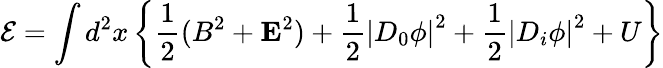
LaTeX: {\cal E}=\int d^{2}x\left\{ \frac 12(B^{2}+{\mathbf E}^{2})+\frac 12\left|D_{0}\phi\right|^{2}+\frac 12\left|D_{i}\phi\right|^{2}+U\right\}